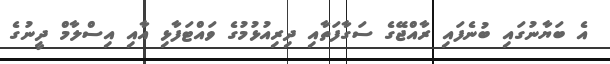
އެ ބަޔާނުގައި ބުނެފައި ރާއްޖޭގެ ސަގާފަތާއި ދިރިއުޅުމުގެ ވައްޓަފާޅި އާއި އިސްލާމް ދީނުގެ